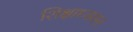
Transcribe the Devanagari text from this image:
शिक्षाध्ययन